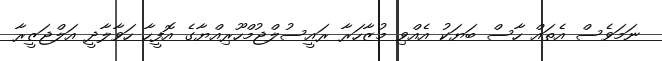
ނަމަވެސް އެތައް ހާސް ބަޔަކު އެއްވި މުޒާހަރާ ރައީސުލްޖުމްހޫރިއްޔާގެ އޮފީހާ ހަވާލާދީ އަލްޖަޒީރާ